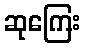
ဆုကြေး